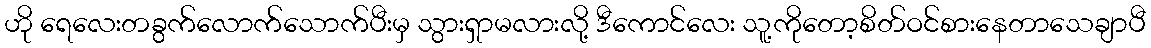
ဟို ရေလေးတခွက်လောက်သောက်ပီးမှ သွားရှာမလားလို့ ဒီကောင်လေး သူ့ကိုတော့စိတ်ဝင်စားနေတာသေချာပီ